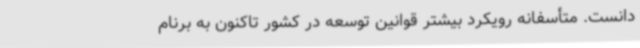
دانست. متأسفانه رویکرد بیشتر قوانین توسعه در کشور تاکنون به برنام